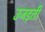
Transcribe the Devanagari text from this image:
उजड़ती